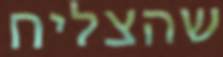
שהצליח